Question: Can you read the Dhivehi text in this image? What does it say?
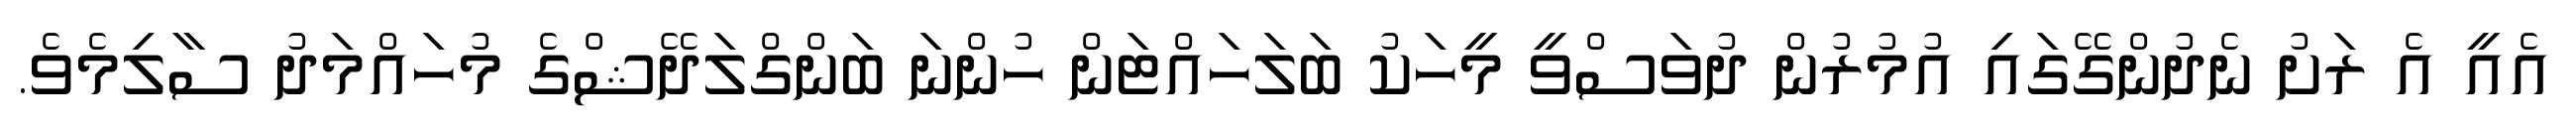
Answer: އެއީ އެ ރަށު ނެދުންގޭގައި އުމުރުން ދުވަސްވީ މީހަކު ބަލަހައްޓަން ހުންނަ ބަންގްލަދޭޝްގެ މުހައްމަދު ސާލިމެވެ.